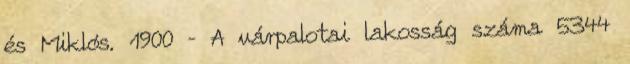
és Miklós. 1900 – A várpalotai lakosság száma 5344